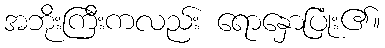
အဘိုးကြီးကလည်း ရောနှောပြုံး၏။